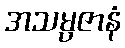
အသမ္ပဇာနံ